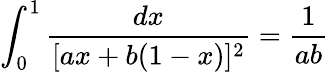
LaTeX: \int_{0}^{1}{\frac{dx}{[ax+b(1-x)]^{2}}}={\frac{1}{ab}}